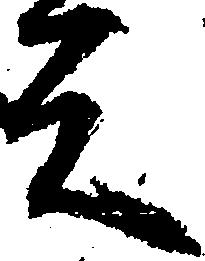
元